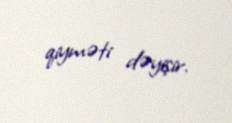
qiyməti dəyişir.